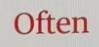
Often